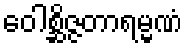
ဝေါစ္ဆိဇ္ဇတာရမ္မဏံ